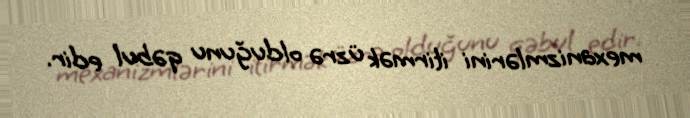
mexanizmlərini itirmək üzrə olduğunu qəbul edir.